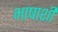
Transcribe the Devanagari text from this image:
भाषाशी